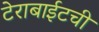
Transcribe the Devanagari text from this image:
टेराबाईटची